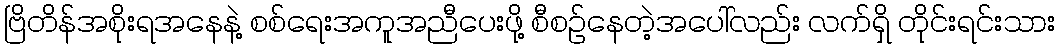
ဗြိတိန်အစိုးရအနေနဲ့ စစ်ရေးအကူအညီပေးဖို့ စီစဉ်နေတဲ့အပေါ်လည်း လက်ရှိ တိုင်းရင်းသား